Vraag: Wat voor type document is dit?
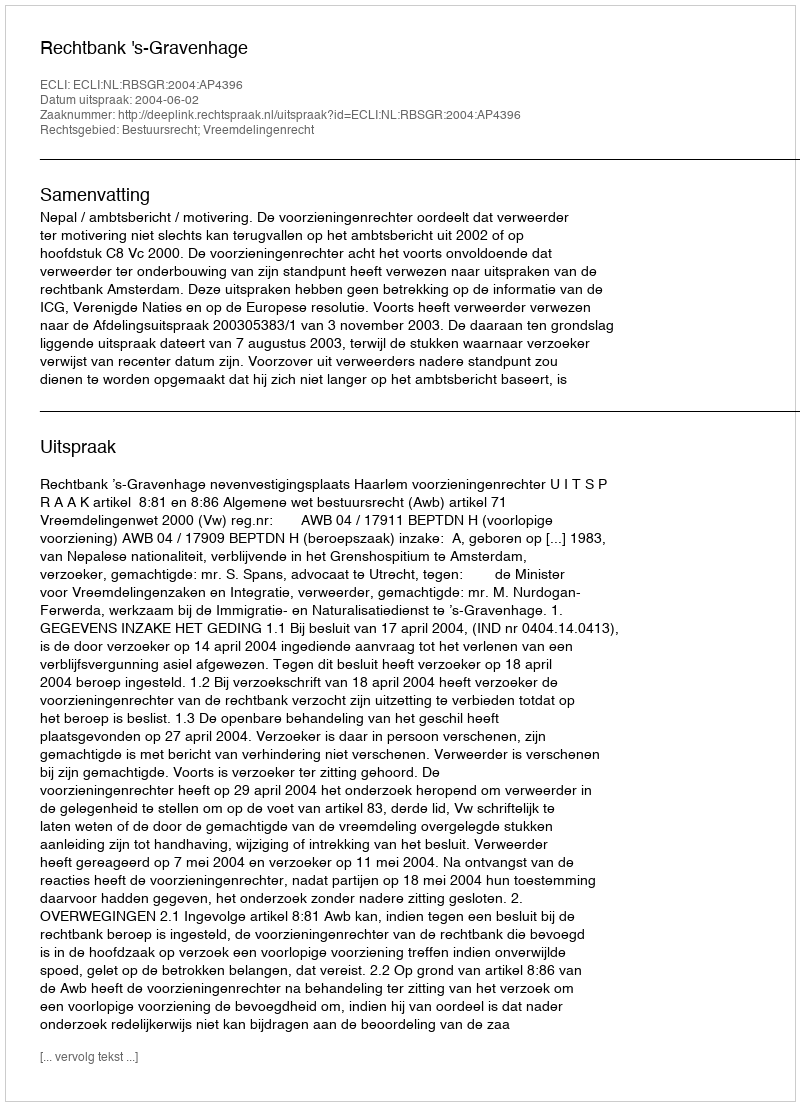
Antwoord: Uitspraak